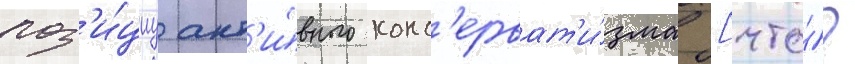
поз'и́циу акт'и́вного конс'ерват'и́зма [что́?